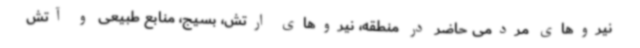
نیروهای مردمی حاضر در منطقه، نیروهای ارتش، بسیج، منابع طبیعی و آتش